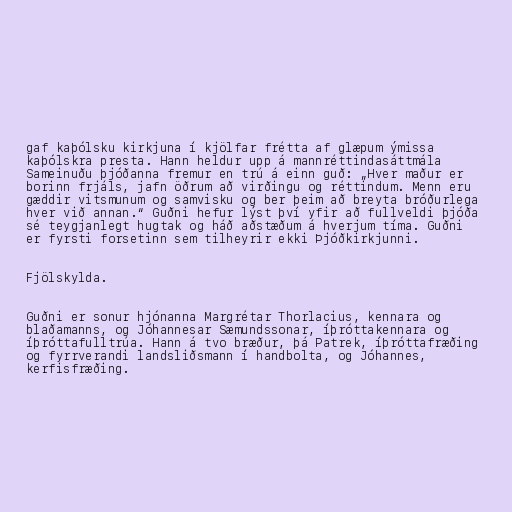
gaf kaþólsku kirkj­una í kjöl­far frétta af glæp­um ým­issa
kaþólskra presta. Hann heldur upp á mannréttindasáttmála
Sameinuðu þjóðanna fremur en trú á einn guð: „Hver maður er
bor­inn frjáls, jafn öðrum að virðingu og rétt­ind­um. Menn eru
gædd­ir vits­mun­um og sam­visku og ber þeim að breyta bróður­lega
hver við ann­an.“ Guðni hefur lýst því yfir að fullveldi þjóða
sé teygjanlegt hugtak og háð aðstæðum á hverjum tíma. Guðni
er fyrsti forsetinn sem tilheyrir ekki Þjóðkirkjunni.

Fjölskylda.

Guðni er son­ur hjón­anna Mar­grét­ar Thorlacius, kenn­ara og
blaðamanns, og Jó­hann­es­ar Sæ­munds­son­ar, íþrótta­kenn­ara og
íþrótta­full­trúa. Hann á tvo bræður, þá Pat­rek, íþrótta­fræðing
og fyrr­ver­andi landsliðsmann í hand­bolta, og Jó­hann­es,
kerf­is­fræðing.